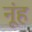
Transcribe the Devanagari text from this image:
नूंह